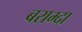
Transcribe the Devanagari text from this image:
बराम्दा